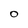
Character: O